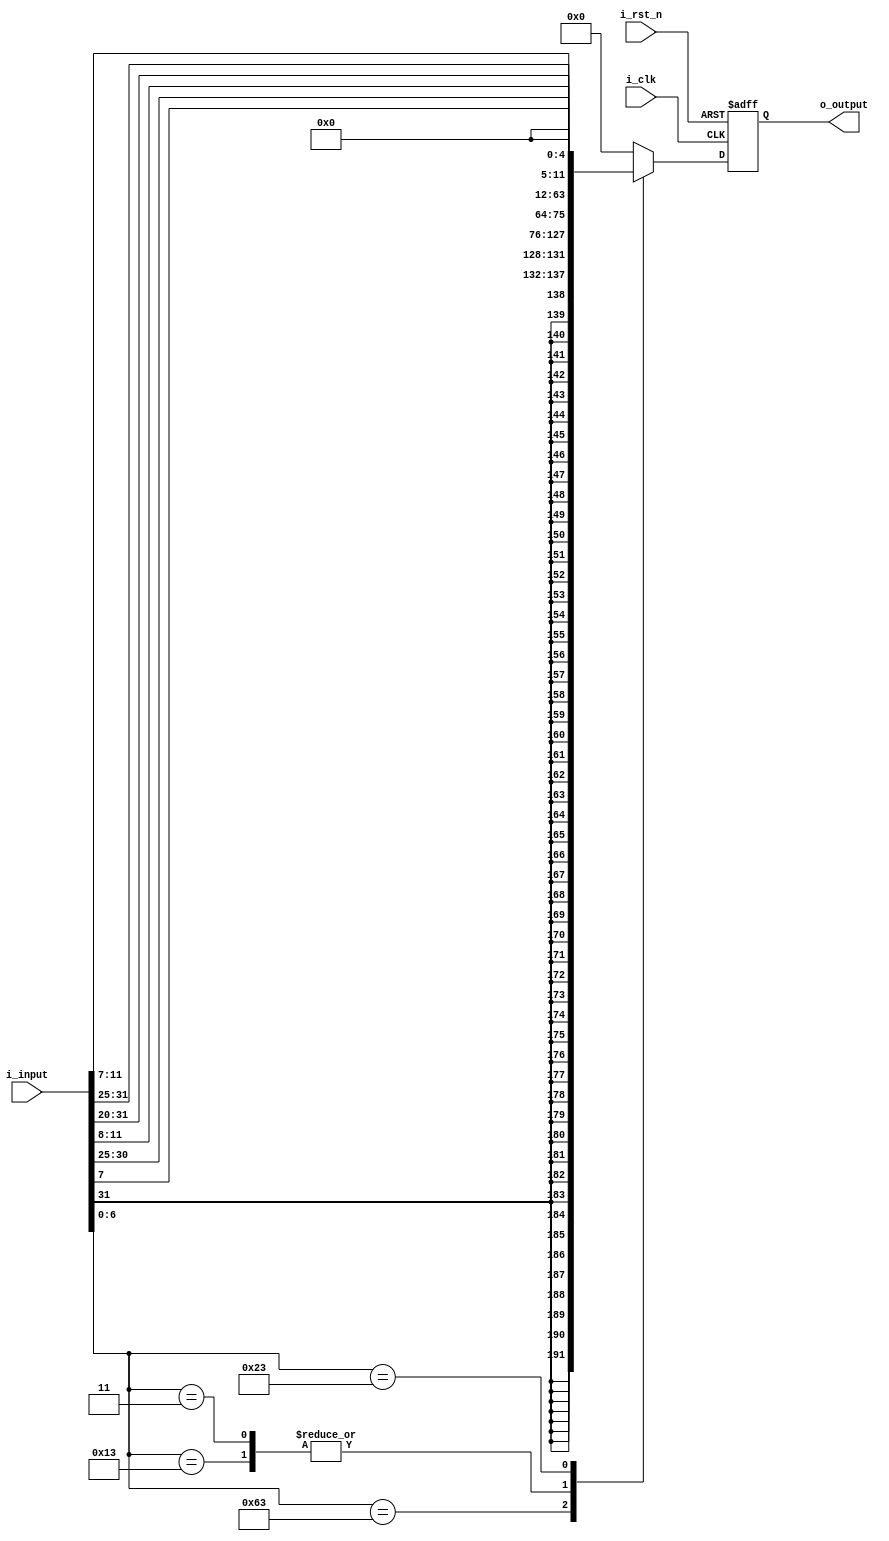
module ImmGen #(
    parameter INST_W = 32,
    parameter DATA_W = 64
)(
    input i_clk,
    input i_rst_n,
    input  [ INST_W-1 : 0 ] i_input,
    output [ DATA_W-1 : 0 ] o_output
);

reg [DATA_W-1:0] o_output_r, o_output_w;

assign o_output = o_output_r;

always @(*) begin
    case(i_input[6:0]) 
    	7'b1100011: o_output_w = {{53{i_input[31]}},i_input[7],i_input[30:25],i_input[11:8]};
    	7'b0010011: o_output_w = {52'b0, i_input[31:20]};
    	7'b0000011: o_output_w = {52'b0, i_input[31:20]};
    	7'b0100011: o_output_w = {52'b0, i_input[31:25], i_input[11:7]};
    	default:    o_output_w = 0;
    endcase
end

always @(posedge i_clk or negedge i_rst_n) begin
	if (~i_rst_n) begin
		o_output_r <= 0;
	end else begin
		o_output_r <= o_output_w;
	end
end

endmodule